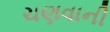
ચણવાની